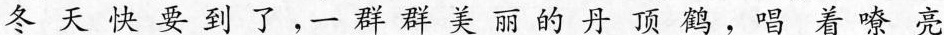
冬天快要到了，一群群美丽的丹顶鹤，唱着嘹亮